Civil Veterinary Department. Madras. Admin. report 1926-33 - 1926-1933
Year: 1926
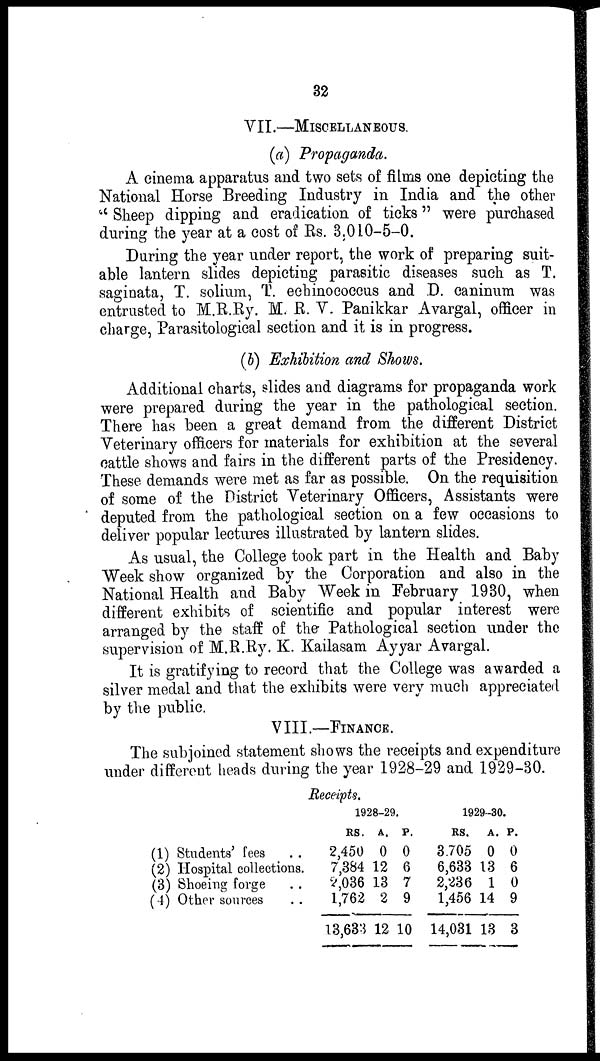
32
VII.—MISCELLANEOUS.
(a) Propaganda.
A cinema apparatus and two sets of films one depicting
National Horse Breeding Industry in India and the o
"Sheep dipping and eradication of ticks" were purch
during the year at a cost of Rs. 3,010-5-0.
During the year under report, the work of preparing s
able lantern slides depicting parasitic diseases such as T
saginata, T. solium, T. echinococcus and D. caninum
entrusted to M.R.Ry. M. R. V. Panikkar Avargal, office in
charge, Parasitological section and it is in progress.
(b) Exhibition and Shows.
Additional charts, slides and diagrams for propaganda
were prepared during the year in the pathological sec
There has been a great demand from the different Dis
Veterinary officers for materials for exhibition at the se
cattle shows and fairs in the different parts of the Presid
These demands were met as far as possible. On the requi
of some of the District Veterinary Officers, Assistants
deputed from the pathological section on a few occasions
deliver popular lectures illustrated by lantern slides.
As usual, the College took part in the Health and B
Week show organized by the Corporation and also in t
National Health and Baby Week in February 1930, w
different exhibits of scientific and popular interest w
arranged by the staff of the Pathological section under t
supervision of M.R.Ry. K. Kailasam Ayyar Avargal.
It is gratifying to record that the College was awarde
silver medal and that the exhibits were very much apprec
by the public.
VIII.—FINANCE.
The subjoined statement shows the receipts and expend
under different heads during the year 1928-29 and 1929-3
Receipts.
(1) Students' fees . .
(2) Hospital collections.
(3) Shoeing forge . .
(4) Other sources . .
1928-29.
RS.
2,450
7,384
2,036
1,762
13,633
A.
0
12
13
2
12
P.
0
6
7
9
10
1929-30.
RS.
3,705
6,633
2,236
1,456
14,031
A.
0
13
1
14
13
P.
0
6
0
9
3